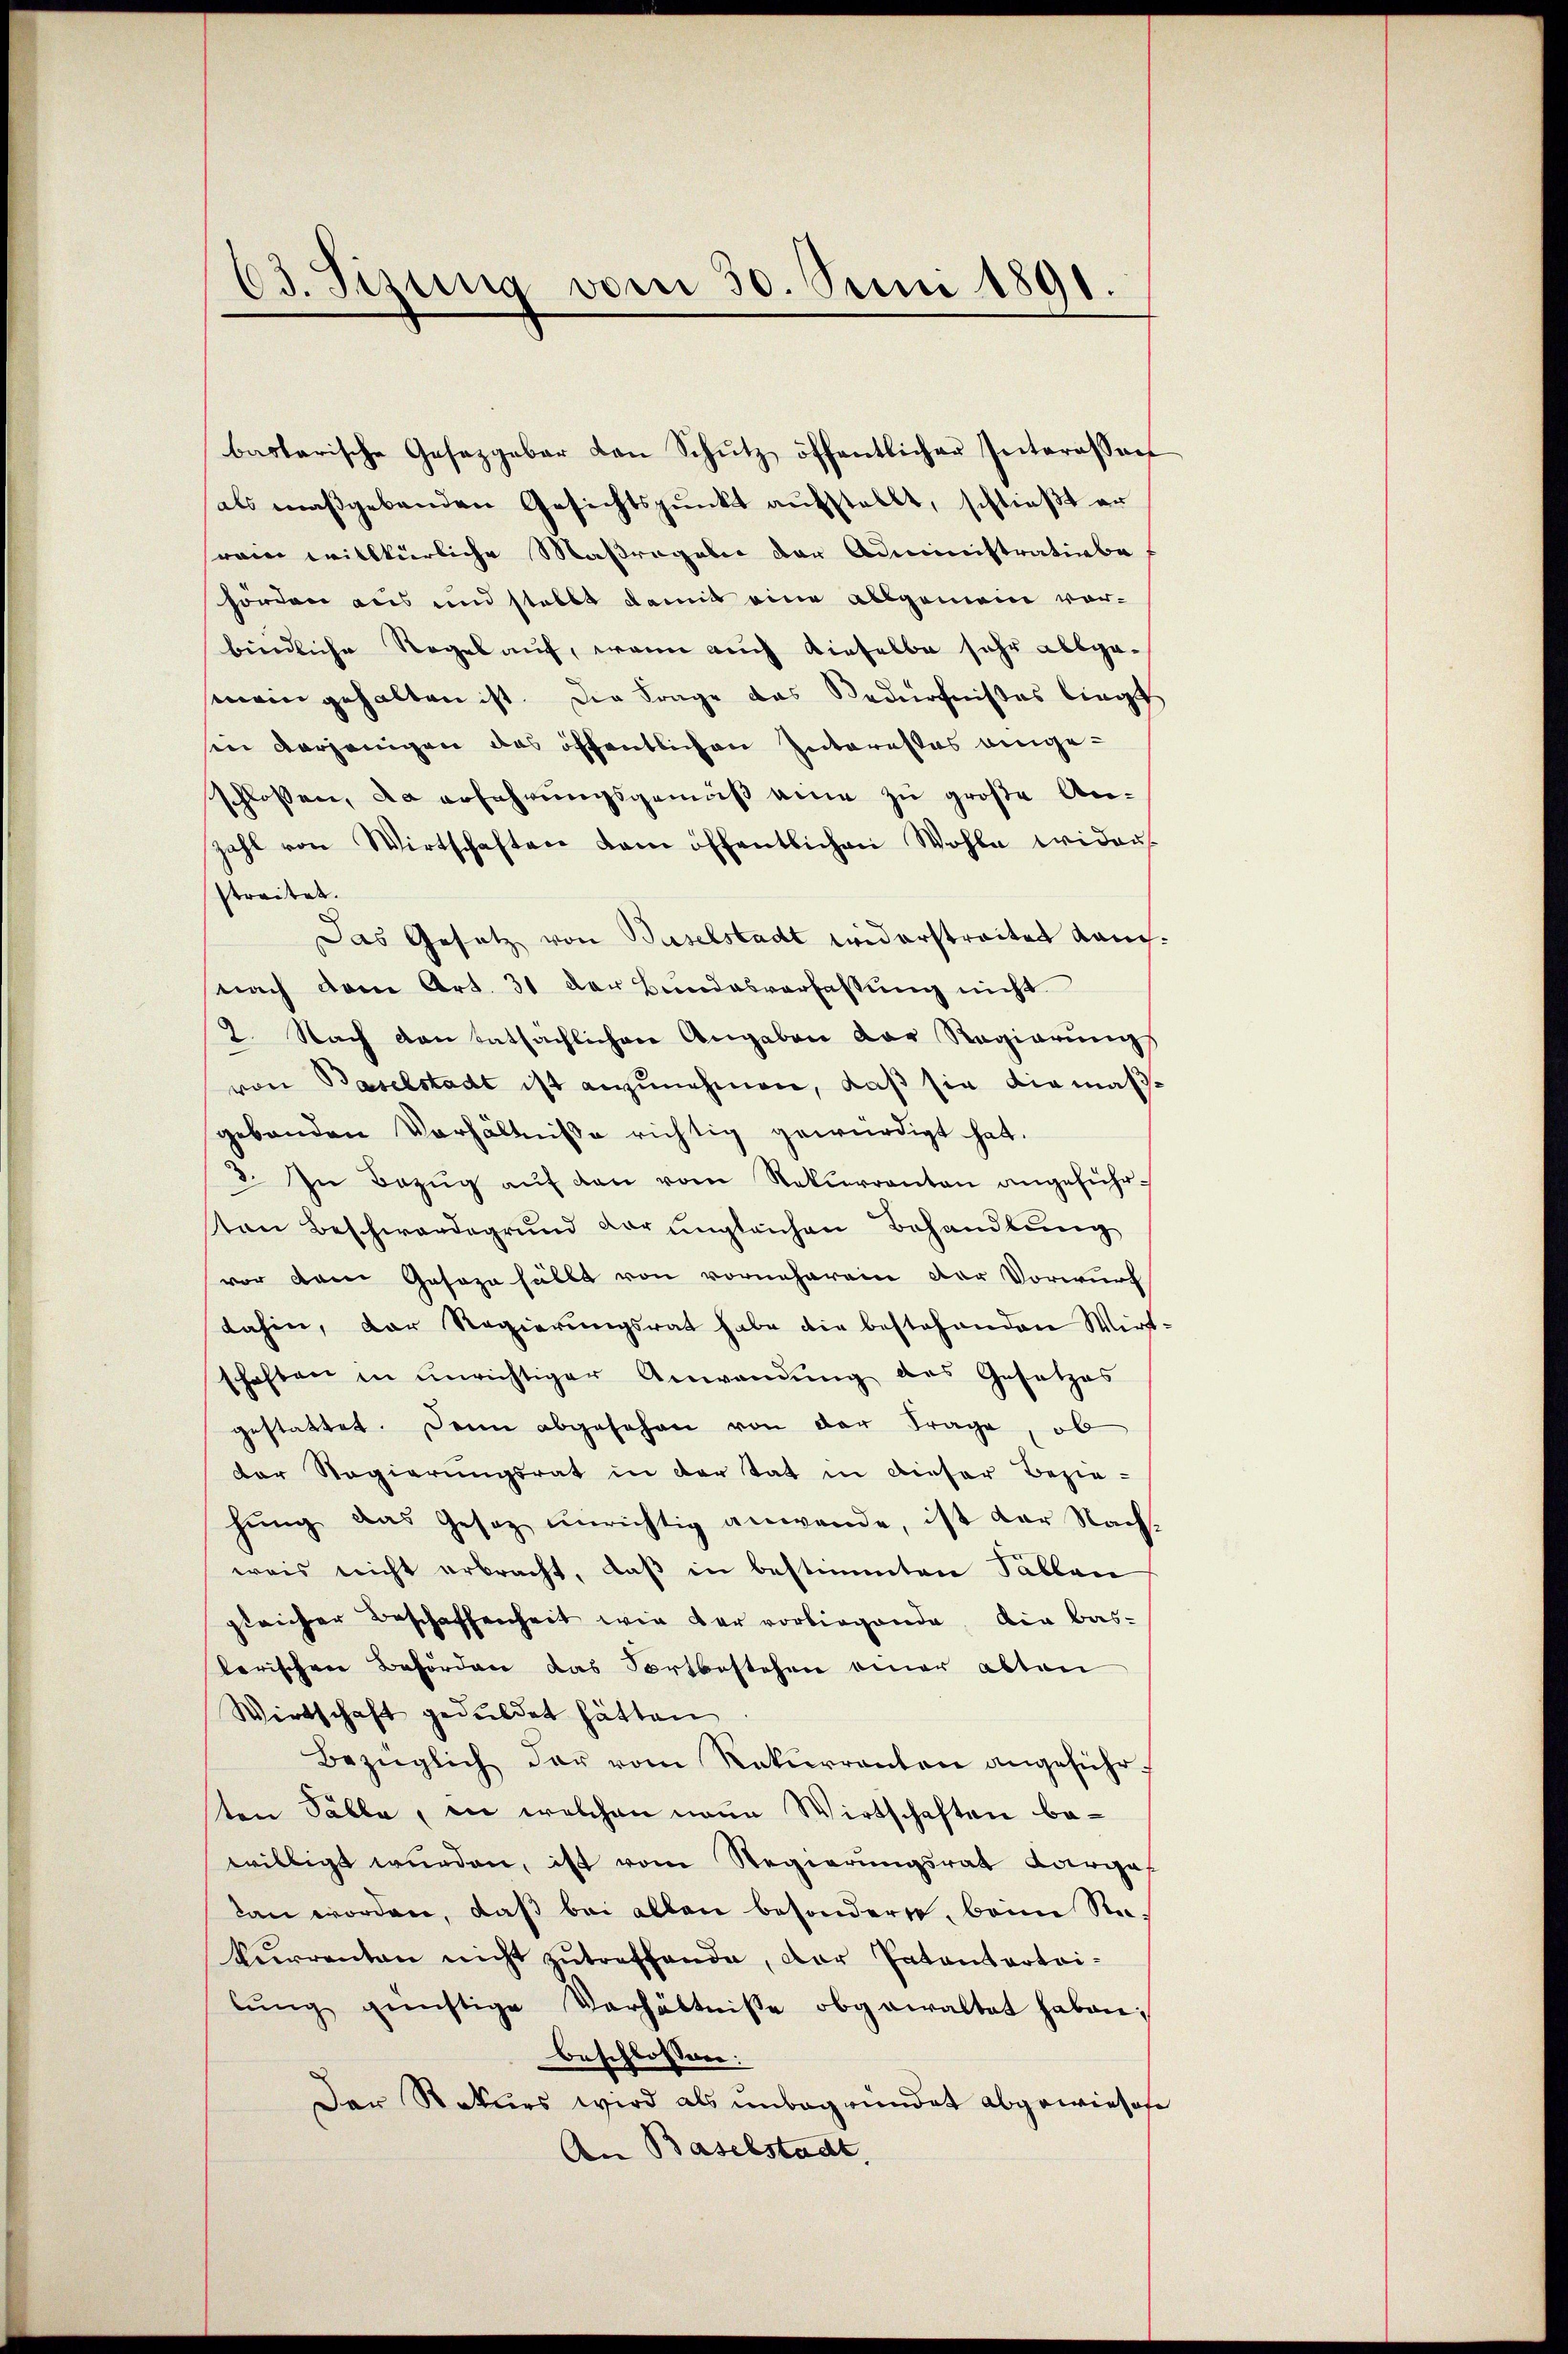
63. Sizung vom 30. Juni 1891.

bastarische Gesetzgebar von Schŭtz öffentlicher Interessen
als maßgebenden Gesichtspunkt aufstellt, schließt er
rain willkürliche Maßregeln der Administrativbe
hörden aus und stellt damit eine allgemein vorbindliche Regel auf, wenn auch dieselbe sehr abgemein gehalten ist. Die Frage das Bedürfnißes liegt
in derjenigen das öffentlichen Interesses eingeschlossen, da erfahrungsgemäß eine zu große Anzahl von Wirtschaften dem öffentlichen Wohle wider-
streitet.
Das Gesetz von Baselstadt widerstreitet Rauchnach dem Art. 31 der Bundesverfassung nicht
2. Nach den tatsächlichen Angaben der Regierŭng
von Baselstadt ist anzŭnehmen, daß sie diamasgebenden Verhältnisse richtig gewürdigt hat.
3. In Bezug auf den vom Rekurrenten angeführton Beschwerdegrund der ungleichen Behandlung
vor dem Gesage fällt von vorneheren der Vorwurf
dahin, der Regierungsrat habe die bestehenden Wirt-
schaften in ŭnrichtiger Anwendŭng des Gesetzes
gestattet. Denn abgesehen von der Frage, ob
der Regierungsrat in der tat in dieser Bezie-
hŭng das Gesez ŭnrichtig anwende, ist der Nach-
weis nicht erbracht, daß in bestimmten Fällen
gleicher Beschaffenheit wie der vorliegende Dir bas-
lerischen Beförden das Fortbestehen einer abten
Wirtschaft geduldet hätten
Bezüglich der vom Rekurrenten angeführten Fälle, in welchen neue Wirtschaften bewilligt wurden, ist vom Regierungsrat Carga
lan worden, daß bei allen besondere, beim Rekurrenten nicht zŭtreffende, der Patentartei-
lŭng günstige Verhältnisse obgewaltet haben;
beschlossen:
Der Rekurs wird als unbegründet abgewieses
An Baselstadt